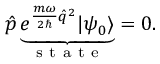
\hat { p } \underbrace { e ^ { \frac { m \omega } { 2 \hbar } \hat { q } ^ { 2 } } | \psi _ { 0 } \rangle } _ { \mathrm { ~ s ~ t ~ a ~ t ~ e ~ } } = 0 .